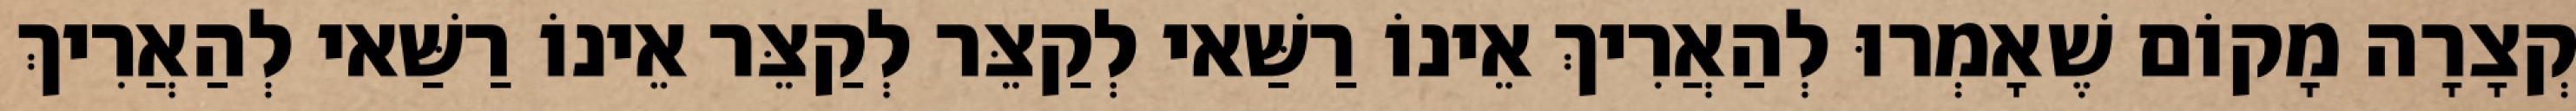
קְצָרָה מָקוֹם שֶׁאָמְרוּ לְהַאֲרִיךְ אֵינוֹ רַשַּׁאי לְקַצֵּר לְקַצֵּר אֵינוֹ רַשַּׁאי לְהַאֲרִיךְ